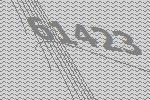
61423